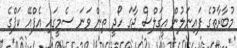
މުބާރާތުގެ ފައިނަލުން އީގަލްސް ޖާގަ ހޯދީ ތިން ވަނަ ސެމީގައި އެފްއޭ ކަޕްގެ